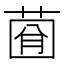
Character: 𦴠